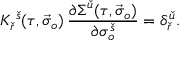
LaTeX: K _ { \check { r } } ^ { \; \check { s } } ( \tau , \vec { \sigma } _ { o } ) \, \frac { \partial \Sigma ^ { \check { u } } ( \tau , \vec { \sigma } _ { o } ) } { \partial \sigma _ { o } ^ { \check { s } } } = \delta _ { \check { r } } ^ { \check { u } } .